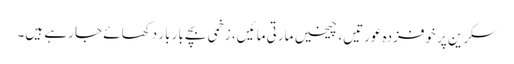
سکرین پر خوفزدہ عورتیں، چیخیں مارتی مائیں، زخمی بچے بار بار دکھائے جا رہے ہیں۔